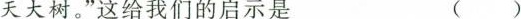
天大树。”这给我们的启示是 ( )